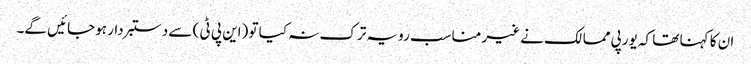
ان کا کہنا تھا کہ یورپی ممالک نے غیر مناسب رویہ ترک نہ کیا تو (این پی ٹی ) سے دستبردار ہوجائیں گے۔